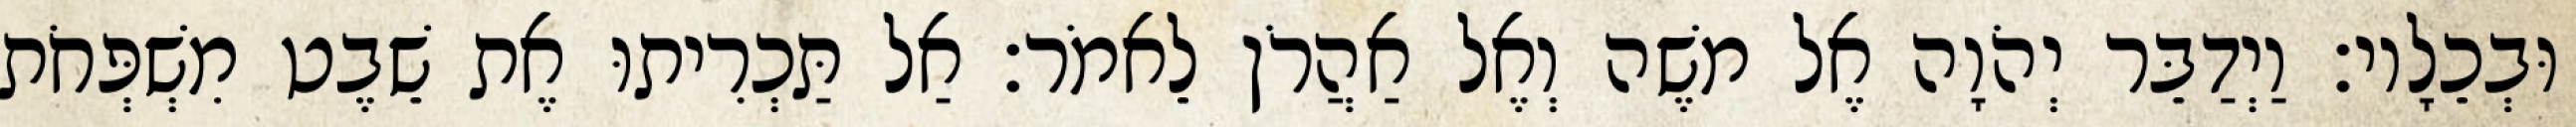
וּבְכֵלָיו׃ וַיְדַבֵּר יְהֹוָה אֶל משֶׁה וְאֶל אַהֲרֹן לֵאמֹר׃ אַל תַּכְרִיתוּ אֶת שֵׁבֶט מִשְׁפְּחֹת